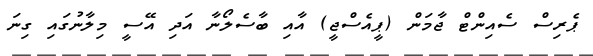
ޕެރިސް ސެއިންޓް ޖާމަން (ޕީއެސްޖީ) އާއި ބާސެލޯނާ އަދި އޭސީ މިލާނުގައި ގިނަ